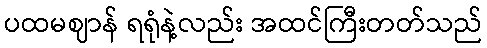
ပထမဈာန် ရရုံနဲ့လည်း အထင်ကြီးတတ်သည်